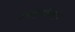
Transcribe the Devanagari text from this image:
शंकूकुलांपासून